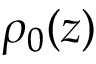
\rho _ { 0 } ( z )